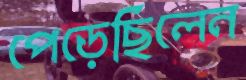
পেড়েছিলেন